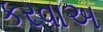
કરવાઅ